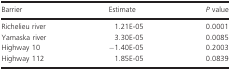
| Barrier | Estimate | P value |
 | --- | --- | --- |
 | Richelieu river | 1.21E-05 | 0.0001 |
 | Yamaska river | 3.30E-05 | 0.0085 |
 | Highway 10 | −1.40E-05 | 0.2003 |
 | Highway 112 | 1.85E-05 | 0.0839 |